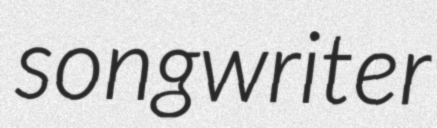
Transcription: songwriter